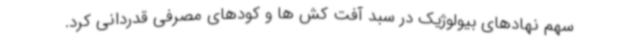
سهم نهادهای بیولوژیک در سبد آفت کش ها و کودهای مصرفی قدردانی کرد.